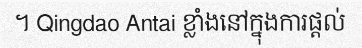
។ Qingdao Antai ខ្លាំងនៅក្នុងការផ្តល់